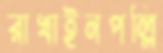
রাখাইনপল্লি